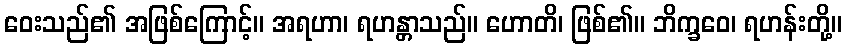
ဝေးသည်၏ အဖြစ်ကြောင့်။ အရဟာ၊ ရဟန္တာသည်။ ဟောတိ၊ ဖြစ်၏။ ဘိက္ခဝေ၊ ရဟန်းတို့။